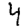
Digit: 4